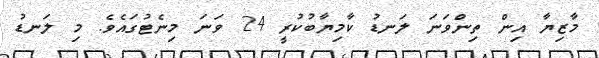
މާޒިޔާ އިން ތިންވަނަ ލަނޑު ކާމިޔާބުކުރީ 24 ވަނަ މިނެޓުގައެވެ. މި ލަނޑު